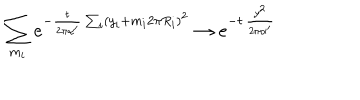
\sum _ { m _ { i } } e ^ { - { \frac { t } { 2 \pi \alpha ^ { \prime } } } \sum _ { i } ( y _ { i } + m _ { i } 2 \pi R _ { i } ) ^ { 2 } } \rightarrow e ^ { - t \, { \frac { y ^ { 2 } } { 2 \pi \alpha ^ { \prime } } } }